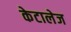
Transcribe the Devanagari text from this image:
केटालेज